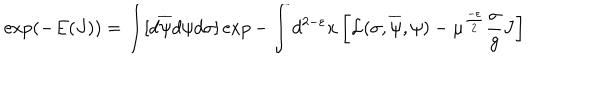
\exp ( - E ( J ) ) = \int [ d \overline { { { \psi } } } d \psi d \sigma ] \exp - \int d ^ { 2 - \varepsilon } x \left[ { \cal L } ( \sigma , \overline { { { \psi } } } , \psi ) - \mu ^ { \frac { - \varepsilon } { 2 } } \frac { \sigma } { g } J \right]